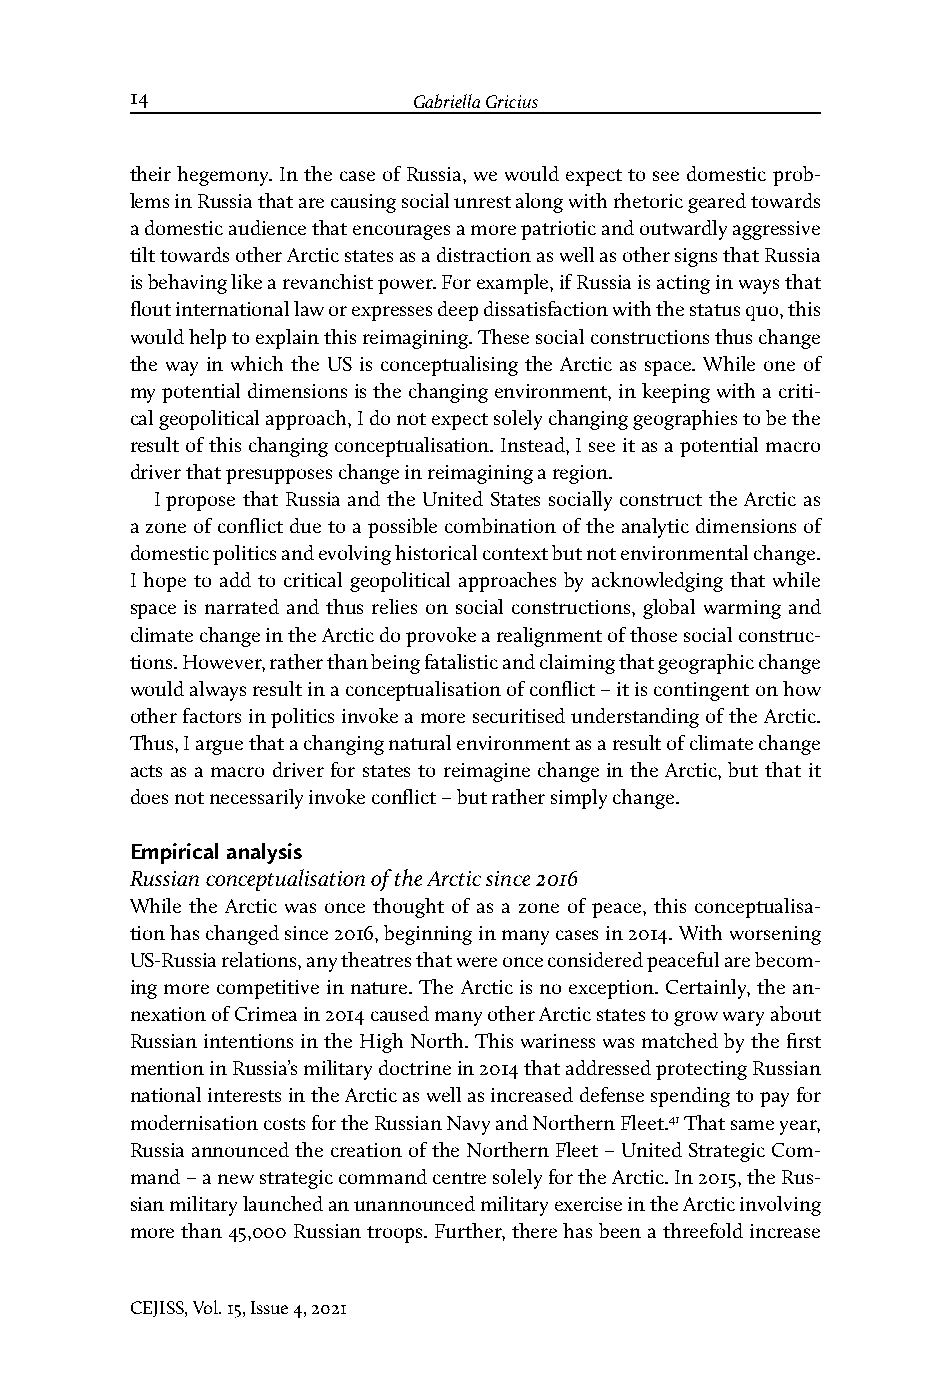
14                Gabriella Gricius                                    Conceptualising the Arctic as a Zone of Conflict
 their hegemony. In the case of Russia, we would expect to see domestic prob-
 lems in Russia that are causing social unrest along with rhetoric geared towards
 a domestic audience that encourages a more patriotic and outwardly aggressive
 tilt towards other Arctic states as a distraction as well as other signs that Russia
 is behaving like a revanchist power. For example, if Russia is acting in ways that
 flout international law or expresses deep dissatisfaction with the status quo, this
 would help to explain this reimagining. These social constructions thus change
 the way in which the US is conceptualising the Arctic as space. While one of
 my potential dimensions is the changing environment, in keeping with a criti-
 cal geopolitical approach, I do not expect solely changing geographies to be the
 result of this changing conceptualisation. Instead, I see it as a potential macro
 driver that presupposes change in reimagining a region.
 I propose that Russia and the United States socially construct the Arctic as
 a zone of conflict due to a possible combination of the analytic dimensions of
 domestic politics and evolving historical context but not environmental change.
 I hope to add to critical geopolitical approaches by acknowledging that while
 space is narrated and thus relies on social constructions, global warming and
 climate change in the Arctic do provoke a realignment of those social construc-
 tions. However, rather than being fatalistic and claiming that geographic change
 would always result in a conceptualisation of conflict – it is contingent on how
 other factors in politics invoke a more securitised understanding of the Arctic.
 Thus, I argue that a changing natural environment as a result of climate change
 acts as a macro driver for states to reimagine change in the Arctic, but that it
 does not necessarily invoke conflict – but rather simply change.
 Empirical analysis
 Russian conceptualisation of the Arctic since 2016
 While the Arctic was once thought of as a zone of peace, this conceptualisa-
 tion has changed since 2016, beginning in many cases in 2014. With worsening
 US-Russia relations, any theatres that were once considered peaceful are becom-
 ing more competitive in nature. The Arctic is no exception. Certainly, the an-
 nexation of Crimea in 2014 caused many other Arctic states to grow wary about
 Russian intentions in the High North. This wariness was matched by the first
 mention in Russia’s military doctrine in 2014 that addressed protecting Russian
 national interests in the Arctic as well as increased defense spending to pay for
 modernisation costs for the Russian Navy and Northern Fleet.41 That same year,
 Russia announced the creation of the Northern Fleet – United Strategic Com-
 mand – a new strategic command centre solely for the Arctic. In 2015, the Rus-
 sian military launched an unannounced military exercise in the Arctic involving
 more than 45,000 Russian troops. Further, there has been a threefold increase
 CEJISS, Vol. 15, Issue 4, 2021